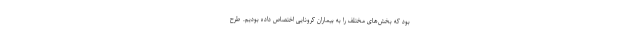
بود که بخش‌های مختلف را به بیماران کرونایی اختصاص داده بودیم. طرح